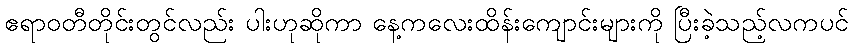
ဧရာဝတီတိုင်းတွင်လည်း ပါးဟုဆိုကာ နေ့ကလေးထိန်းကျောင်းများကို ပြီးခဲ့သည့်လကပင်